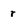
Character: r